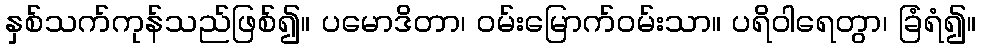
နှစ်သက်ကုန်သည်ဖြစ်၍။ ပမောဒိတာ၊ ဝမ်းမြောက်ဝမ်းသာ။ ပရိဝါရေတွာ၊ ခြံရံ၍။